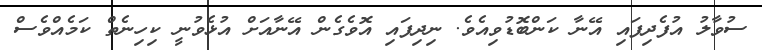
ސުވާލު އުފެދިފައި އޭނާ ކަންބޮޑުވިއެވެ. ނިދިފައި އޮވެގެން އޭނާއަށް އުޅެވުނީ ކިހިނެތް ކަމެއްވެސް